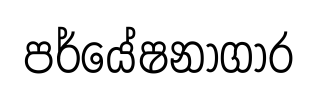
පර්යේෂනාගාර